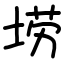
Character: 𫭼